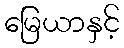
မြေယာနှင့်